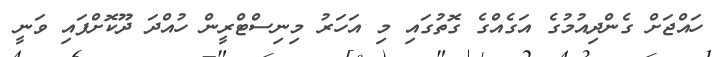
ހައްޖަށް ގެންދިއުމުގެ އަގެއްގެ ގޮތުގައި މި އަހަރު މިނިސްޓްރީން ހުއްދަ ދޫކޮށްފައި ވަނީ